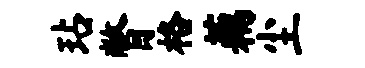
玷瞥格藕尘